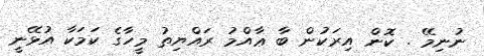
ނުނިމޭ . ކޮން އިރަކުން ބާ ޢާއްމު ރައްޔިތު މީހާގެ ކަމަކާ އުޅޭނީ